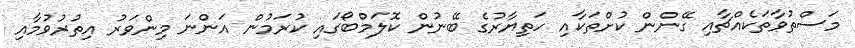
މަސްތުވާތަކެއްޗާއި ގޭންން ކުށްތަކާއި ހަތިޔާރުގެ ބޭނުން ކޮލަމްބޯގައި ކުރަމުން އަންނަ މިންވަރު އިތުރުވުމާއި